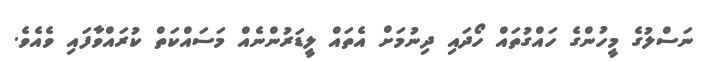
ނަސްލުގެ މީހުންގެ ހައްގުތައް ހޯދައި ދިނުމަށް އެތައް ލީޑަރުންނެއް މަސައްކަތް ކުރައްވާފައި ވެއެވެ.